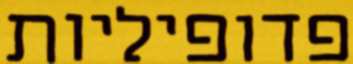
פדופיליות